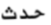
حدث